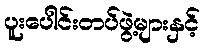
ပူးပေါင်းတပ်ဖွဲ့များနှင့်